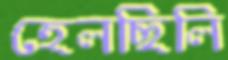
হেলছিলি